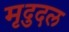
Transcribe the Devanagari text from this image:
मृदुदल